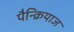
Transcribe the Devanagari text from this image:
पैन्क्रियाज